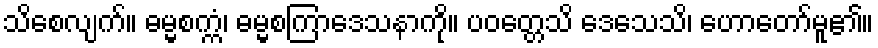
သိစေလျက်။ ဓမ္မစက္ကံ၊ ဓမ္မစကြာဒေသနာကို။ ပဝတ္တေသိ ဒေသေသိ၊ ဟောတော်မူ၏။